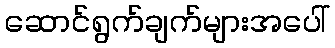
ဆောင်ရွက်ချက်များအပေါ်